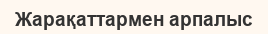
Жарақаттармен арпалыс